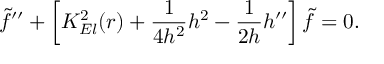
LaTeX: { \tilde { f } } ^ { \prime \prime } + \left[ K _ { E l } ^ { 2 } ( r ) + \frac { 1 } { 4 h ^ { 2 } } h ^ { 2 } - \frac { 1 } { 2 h } h ^ { \prime \prime } \right] { \tilde { f } } = 0 .